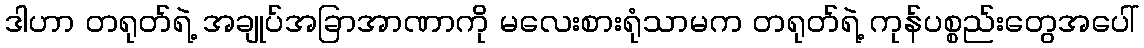
ဒါဟာ တရုတ်ရဲ့ အချုပ်အခြာအာဏာကို မလေးစားရုံသာမက တရုတ်ရဲ့ ကုန်ပစ္စည်းတွေအပေါ်